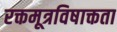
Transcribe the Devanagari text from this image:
रक्तमूत्रविषाक्तता